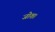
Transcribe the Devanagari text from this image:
जोश।